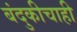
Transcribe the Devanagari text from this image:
बंदुकीचाही